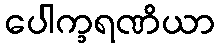
ပေါက္ခရဏိယာ